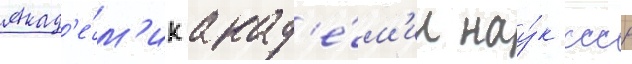
Акад'е́м'ик акад'е́м'ии нау́к ссср